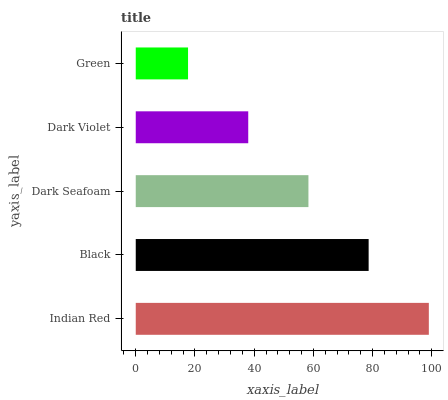
| yaxis_label | bars |
 | --- | --- |
 | Indian Red | 99 |
 | Black | 78.7 |
 | Dark Seafoam | 58.3 |
 | Dark Violet | 38 |
 | Green | 17.7 |